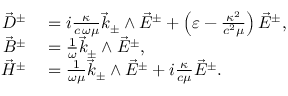
\begin{array} { r l } { \vec { D } ^ { \pm } } & { { } = i \frac { \kappa } { c \, \omega \mu } \vec { k } _ { \pm } \wedge \vec { E } ^ { \pm } + \left( \varepsilon - \frac { \kappa ^ { 2 } } { c ^ { 2 } \mu } \right) \vec { E } ^ { \pm } , } \\ { \vec { B } ^ { \pm } } & { { } = \frac { 1 } { \omega } \vec { k } _ { \pm } \wedge \vec { E } ^ { \pm } , } \\ { \vec { H } ^ { \pm } } & { { } = \frac { 1 } { \omega \mu } \vec { k } _ { \pm } \wedge \vec { E } ^ { \pm } + i \frac { \kappa } { c \mu } \vec { E } ^ { \pm } . } \end{array}